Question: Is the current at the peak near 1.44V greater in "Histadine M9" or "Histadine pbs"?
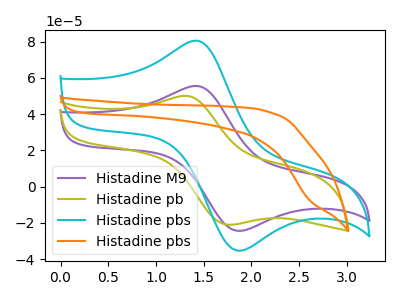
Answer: <think>The purple curve "Histadine M9" has an anodic peak at (1.45V, 55.45uA) and a cathodic peak at (1.85V, -24.35uA). The olive curve "Histadine pb" has an anodic peak at (1.30V, 50.10uA) and a cathodic peak at (1.75V, -20.95uA). The cyan curve "Histadine pbs" has an anodic peak at (1.45V, 80.35uA) and a cathodic peak at (1.85V, -35.30uA). The orange curve "Histadine pbs" has no peaks.</think>
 <answer>The peak at 1.44V is lower in "Histadine M9" than in "Histadine pbs".</answer>
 <eval>lower</eval>